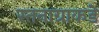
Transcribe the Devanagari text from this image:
स्तनाग्राकडे